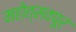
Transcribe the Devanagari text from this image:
महोत्सवपूर